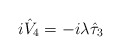
\begin{align*}i \hat{V}_4 = - i \lambda \hat{\tau}_3 \end{align*}